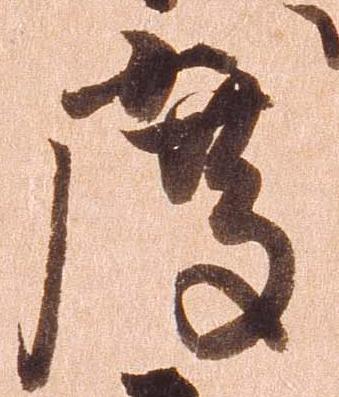
度